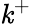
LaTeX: \mathit{k}^{+}